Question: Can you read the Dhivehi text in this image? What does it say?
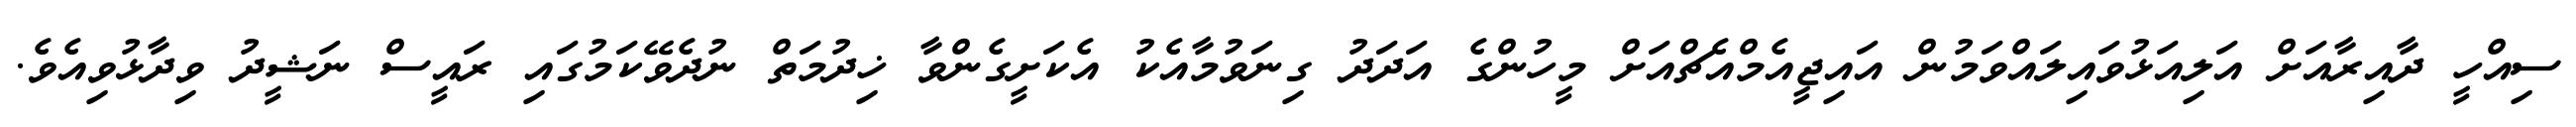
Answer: ސިއްހީ ދާއިރާއަށް އަލިއަޅުވައިލައްވަމުން އައިޖީއެމްއެޗްއަށް މީހުންގެ އަދަދު ގިނަވުމާއެކު އެކަށީގެންވާ ޚިދުމަތް ނުދެވޭކަމުގައި ރައީސް ނަޝީދު ވިދާޅުވިއެވެ.